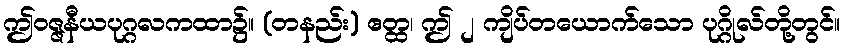
ဤဝဇ္ဇနီယပုဂ္ဂလကထာ၌။ (တနည်း) ဧတ္ထ၊ ဤ ၂ ကျိပ်တယောက်သော ပုဂ္ဂိုလ်တို့တွင်။